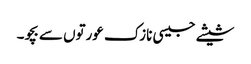
شیشے جیسی نازک عورتوں سے بچو۔